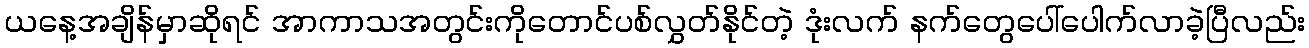
ယနေ့အချိန်မှာဆိုရင် အာကာသအတွင်းကိုတောင်ပစ်လွှတ်နိုင်တဲ့ ဒုံးလက် နက်တွေပေါ်ပေါက်လာခဲ့ပြီလည်း